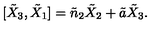
[ \tilde { X } _ { 3 } , \tilde { X } _ { 1 } ] = \tilde { n } _ { 2 } \tilde { X } _ { 2 } + \tilde { a } \tilde { X } _ { 3 } .